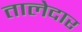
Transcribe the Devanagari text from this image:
तालेदार